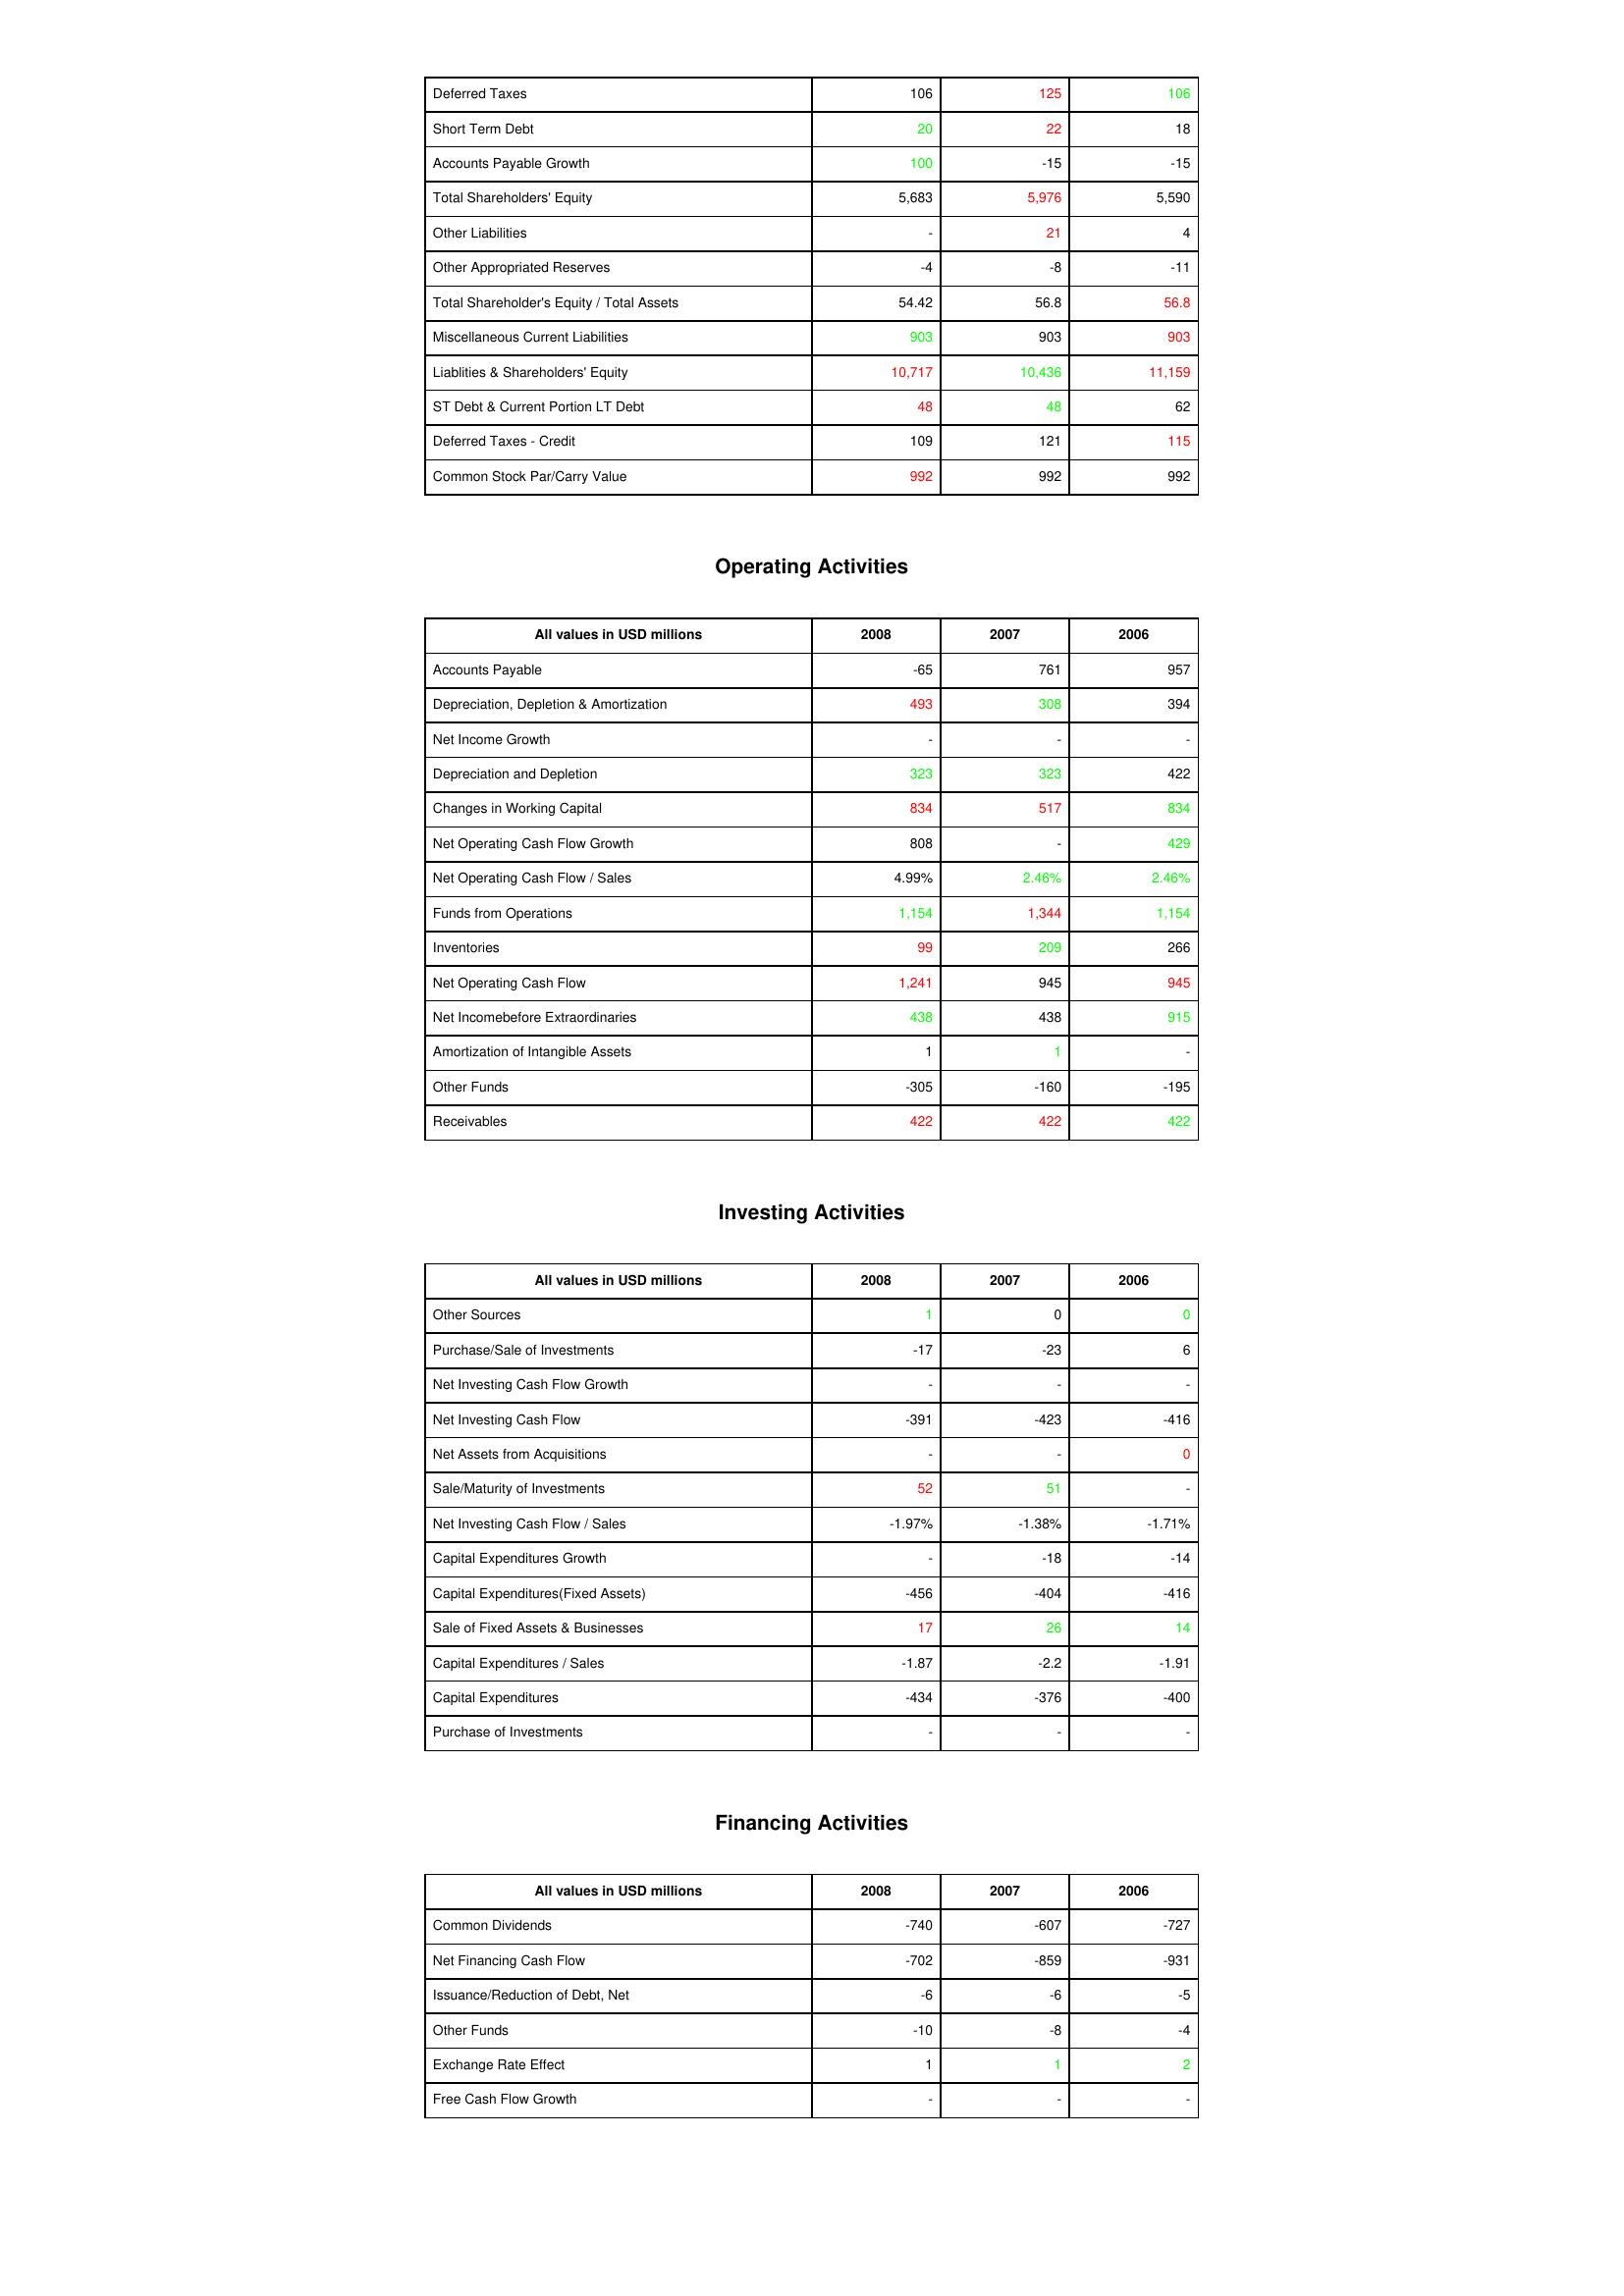
gt_parse: 2008: Liabilities & Shareholder's Equity: Deferred Taxes: 106
Short Term Debt: 20
Accounts Payable Growth: 100
Total Shareholders' Equity: 5,683
Other Liabilities: -
Other Appropriated Reserves: -4
Total Shareholder's Equity / Total Assets: 54.42
Miscellaneous Current Liabilities: 903
Liablities & Shareholders' Equity: 10,717
ST Debt & Current Portion LT Debt: 48
Deferred Taxes - Credit: 109
Common Stock Par/Carry Value: 992
Operating Activities: Accounts Payable: -65
Depreciation, Depletion & Amortization: 493
Net Income Growth: -
Depreciation and Depletion: 323
Changes in Working Capital: 834
Net Operating Cash Flow Growth: 808
Net Operating Cash Flow / Sales: 4.99%
Funds from Operations: 1,154
Inventories: 99
Net Operating Cash Flow: 1,241
Net Incomebefore Extraordinaries: 438
Amortization of Intangible Assets: 1
Other Funds: -305
Receivables: 422
Investing Activities: Other Sources: 1
Purchase/Sale of Investments: -17
Net Investing Cash Flow Growth: -
Net Investing Cash Flow: -391
Net Assets from Acquisitions: -
Sale/Maturity of Investments: 52
Net Investing Cash Flow / Sales: -1.97%
Capital Expenditures Growth: -
Capital Expenditures(Fixed Assets): -456
Sale of Fixed Assets & Businesses: 17
Capital Expenditures / Sales: -1.87
Capital Expenditures: -434
Purchase of Investments: -
Financing Activities: Common Dividends: -740
Net Financing Cash Flow: -702
Issuance/Reduction of Debt, Net: -6
Other Funds: -10
Exchange Rate Effect: 1
Free Cash Flow Growth: -
2007: Liabilities & Shareholder's Equity: Deferred Taxes: 125
Short Term Debt: 22
Accounts Payable Growth: -15
Total Shareholders' Equity: 5,976
Other Liabilities: 21
Other Appropriated Reserves: -8
Total Shareholder's Equity / Total Assets: 56.8
Miscellaneous Current Liabilities: 903
Liablities & Shareholders' Equity: 10,436
ST Debt & Current Portion LT Debt: 48
Deferred Taxes - Credit: 121
Common Stock Par/Carry Value: 992
Operating Activities: Accounts Payable: 761
Depreciation, Depletion & Amortization: 308
Net Income Growth: -
Depreciation and Depletion: 323
Changes in Working Capital: 517
Net Operating Cash Flow Growth: -
Net Operating Cash Flow / Sales: 2.46%
Funds from Operations: 1,344
Inventories: 209
Net Operating Cash Flow: 945
Net Incomebefore Extraordinaries: 438
Amortization of Intangible Assets: 1
Other Funds: -160
Receivables: 422
Investing Activities: Other Sources: 0
Purchase/Sale of Investments: -23
Net Investing Cash Flow Growth: -
Net Investing Cash Flow: -423
Net Assets from Acquisitions: -
Sale/Maturity of Investments: 51
Net Investing Cash Flow / Sales: -1.38%
Capital Expenditures Growth: -18
Capital Expenditures(Fixed Assets): -404
Sale of Fixed Assets & Businesses: 26
Capital Expenditures / Sales: -2.2
Capital Expenditures: -376
Purchase of Investments: -
Financing Activities: Common Dividends: -607
Net Financing Cash Flow: -859
Issuance/Reduction of Debt, Net: -6
Other Funds: -8
Exchange Rate Effect: 1
Free Cash Flow Growth: -
2006: Liabilities & Shareholder's Equity: Deferred Taxes: 106
Short Term Debt: 18
Accounts Payable Growth: -15
Total Shareholders' Equity: 5,590
Other Liabilities: 4
Other Appropriated Reserves: -11
Total Shareholder's Equity / Total Assets: 56.8
Miscellaneous Current Liabilities: 903
Liablities & Shareholders' Equity: 11,159
ST Debt & Current Portion LT Debt: 62
Deferred Taxes - Credit: 115
Common Stock Par/Carry Value: 992
Operating Activities: Accounts Payable: 957
Depreciation, Depletion & Amortization: 394
Net Income Growth: -
Depreciation and Depletion: 422
Changes in Working Capital: 834
Net Operating Cash Flow Growth: 429
Net Operating Cash Flow / Sales: 2.46%
Funds from Operations: 1,154
Inventories: 266
Net Operating Cash Flow: 945
Net Incomebefore Extraordinaries: 915
Amortization of Intangible Assets: -
Other Funds: -195
Receivables: 422
Investing Activities: Other Sources: 0
Purchase/Sale of Investments: 6
Net Investing Cash Flow Growth: -
Net Investing Cash Flow: -416
Net Assets from Acquisitions: 0
Sale/Maturity of Investments: -
Net Investing Cash Flow / Sales: -1.71%
Capital Expenditures Growth: -14
Capital Expenditures(Fixed Assets): -416
Sale of Fixed Assets & Businesses: 14
Capital Expenditures / Sales: -1.91
Capital Expenditures: -400
Purchase of Investments: -
Financing Activities: Common Dividends: -727
Net Financing Cash Flow: -931
Issuance/Reduction of Debt, Net: -5
Other Funds: -4
Exchange Rate Effect: 2
Free Cash Flow Growth: -